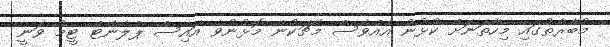
މުބާރާތުގައި މިހާތަނަށް ކުޅުނު އެއްވެސް މެޗަކުން މޮޅުނުވެ އައިސް ޕްލާންޓް ޓީމު ވަނީ